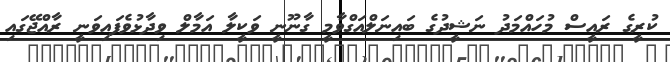
ކުރީގެ ރައީސް މުހައްމަދު ނަޝީދުގެ ބައިނަލްއަގްވާމީ ގާނޫނީ ވަކީލާ އަމާލް ވިދާޅުވެފައިވަނީ ރާއްޖޭގައި